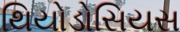
થિયોડોસિયસ